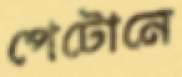
পেটোনে